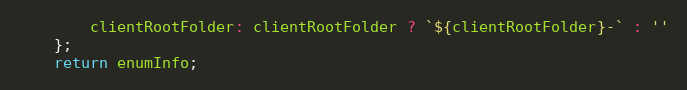
Language: JavaScript
        clientRootFolder: clientRootFolder ? `${clientRootFolder}-` : ''
    };
    return enumInfo;